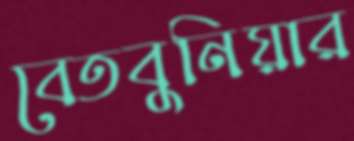
বেতবুনিয়ার